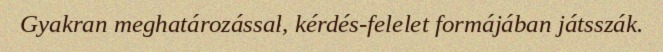
Gyakran meghatározással, kérdés-felelet formájában játsszák.